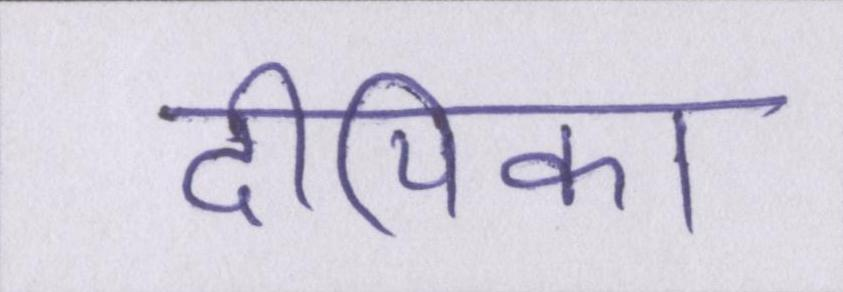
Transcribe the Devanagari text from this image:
दीपिका